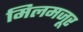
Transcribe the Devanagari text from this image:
मिलमजूर